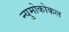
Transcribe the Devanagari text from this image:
न्युमोकोकल